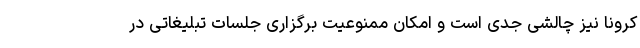
کرونا نیز چالشی جدی است و امکان ممنوعیت برگزاری جلسات تبلیغاتی در